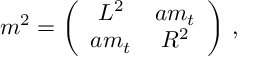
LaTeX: m ^ { 2 } = \left( \begin{array} { c c } { { L ^ { 2 } } } & { { a m _ { t } } } \\ { { a m _ { t } } } & { { R ^ { 2 } } } \end{array} \right) \, ,